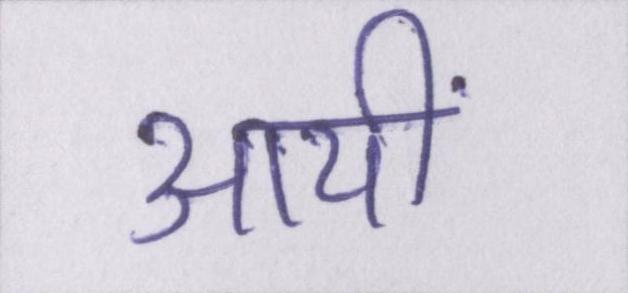
आयीं